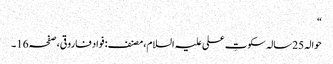
“
حوالہ 25سالہ سکوتِ علی علیہ السلام،مصنف: فواد فاروقی،صفحہ16۔